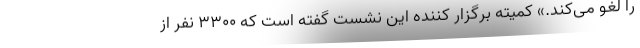
را لغو می‌کند.» کمیته برگزار کننده این نشست گفته است که ۳۳۰۰ نفر از